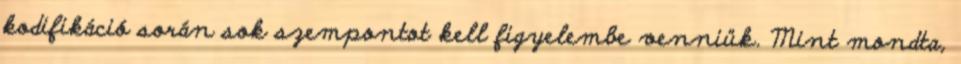
kodifikáció során sok szempontot kell figyelembe venniük. Mint mondta,